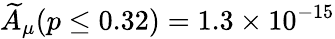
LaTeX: \widetilde{A}_{\mu}(p\leq 0.32)=1.3\times 10^{-15}